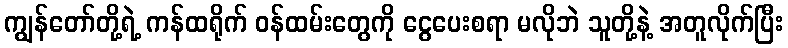
ကျွန်တော်တို့ရဲ့ ကန်ထရိုက် ဝန်ထမ်းတွေကို ငွေပေးစရာ မလိုဘဲ သူတို့နဲ့ အတူလိုက်ပြီး